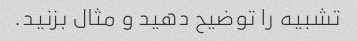
تشبیه را توضیح دهید و مثال بزنید.